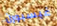
غيسبورن